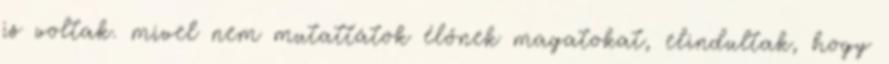
is voltak. mivel nem mutattátok élőnek magatokat, elindultak, hogy